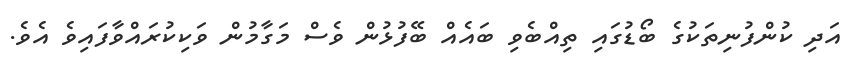
އަދި ކުންފުނިތަކުގެ ބޯޑުގައި ތިއްބެވި ބައެއް ބޭފުޅުން ވެސް މަގާމުން ވަކިކުރައްވާފައިވެ އެވެ.